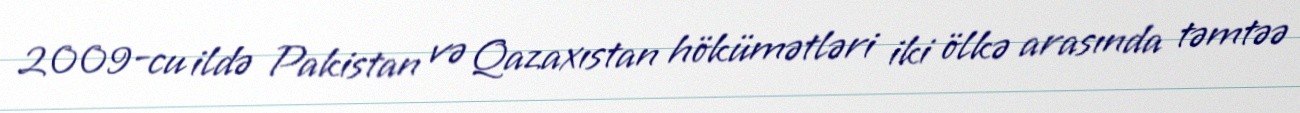
2009-cu ildə Pakistan və Qazaxıstan hökümətləri iki ölkə arasında təmtəə